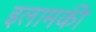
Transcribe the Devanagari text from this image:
इलामकी